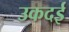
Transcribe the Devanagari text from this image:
उकदई